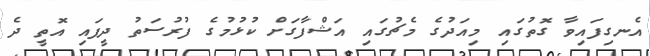
އެނގިފައިވާ ގޮތުގައި މިއަދުގެ މެޗުގައި އަޝްފާގަށް ކުޅުމުގެ ފުރުސަތު ދީފައި އޮތީ ދެ